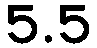
5.5